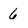
Character: 6